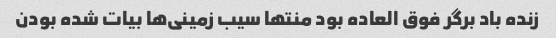
زنده باد برگر فوق العاده بود منتها سیب زمینی‌ها بیات شده بودن